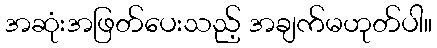
အဆုံးအဖြတ်ပေးသည့် အချက်မဟုတ်ပါ။